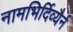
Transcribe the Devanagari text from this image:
नामभिर्दिव्यैर्न